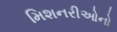
મિશનરીઓનો